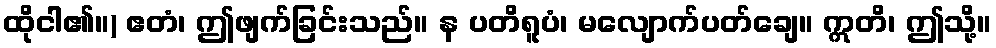
ထိုငါ၏။) ဧတံ၊ ဤဖျက်ခြင်းသည်။ န ပတိရူပံ၊ မလျောက်ပတ်ချေ။ ဣတိ၊ ဤသို့။